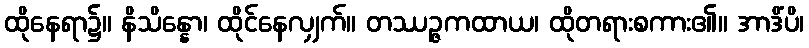
ထိုနေရာ၌။ နိသိန္နော၊ ထိုင်နေလျှက်။ တဿဉ္ဇကထာယ၊ ထိုတရားစကား၏။ အာဒိံပိ၊